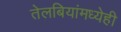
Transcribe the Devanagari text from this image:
तेलबियांमध्येही